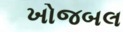
ખોજબલ